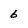
Character: 6